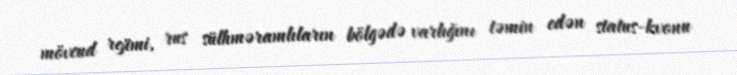
mövcud rejimi, rus sülhməramlıların bölgədə varlığını təmin edən status-kvonu